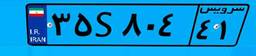
۳۵S۸۰۴۴۱